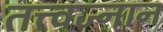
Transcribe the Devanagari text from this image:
तत्त्वज्नान